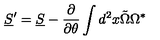
\underline { S } ^ { \prime } = \underline { S } - { \frac { \partial } { \partial \theta } } \int d ^ { 2 } x \tilde { \Omega } \Omega ^ { \ast }